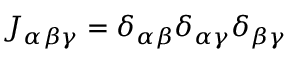
J _ { \alpha \beta \gamma } = \delta _ { \alpha \beta } \delta _ { \alpha \gamma } \delta _ { \beta \gamma }